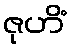
ဇုဟိံ